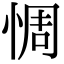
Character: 惆